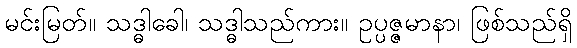
မင်းမြတ်။ သဒ္ဓါခေါ၊ သဒ္ဓါသည်ကား။ ဥပ္ပဇ္ဇမာနာ၊ ဖြစ်သည်ရှိ